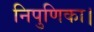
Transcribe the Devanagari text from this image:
निपुणिका।